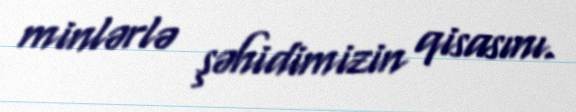
minlərlə şəhidimizin qisasını.